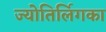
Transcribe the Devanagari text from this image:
ज्योतिर्लिगका